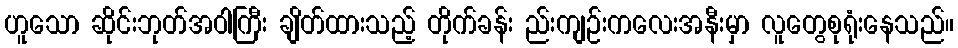
ဟူသော ဆိုင်းဘုတ်အဝါကြီး ချိတ်ထားသည့် တိုက်ခန်း ည်းကျဉ်းကလေးအနီးမှာ လူတွေစုရုံးနေသည်။